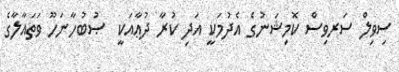
ސިވިލް ސަރވިސް ކޮމިޝަނުގެ އެދުމަކީ އަދި ކުރާ ދުޢާއަކީ  ޞުބުހާނަހޫ ވަތައާލާގެ